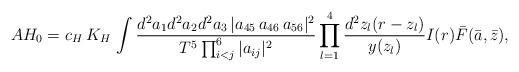
LaTeX: \begin{align*}AH_0 = c_H\, K_H \, \int { d^2 a_1 d^2 a_2 d^2 a_3 \,|a_{45}\,a_{46}\,a_{56}|^2 \over T^5 \prod_{i<j}^6 |a_{ij}|^2 } \prod_{l=1}^4 {d^2 z_l (r-z_l)\over y(z_l) } I(r) \bar{F}(\bar{a}, \bar{z}),\end{align*}